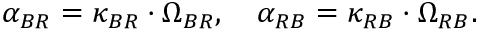
\alpha _ { B R } = \kappa _ { B R } \cdot \Omega _ { B R } , \quad \alpha _ { R B } = \kappa _ { R B } \cdot \Omega _ { R B } .